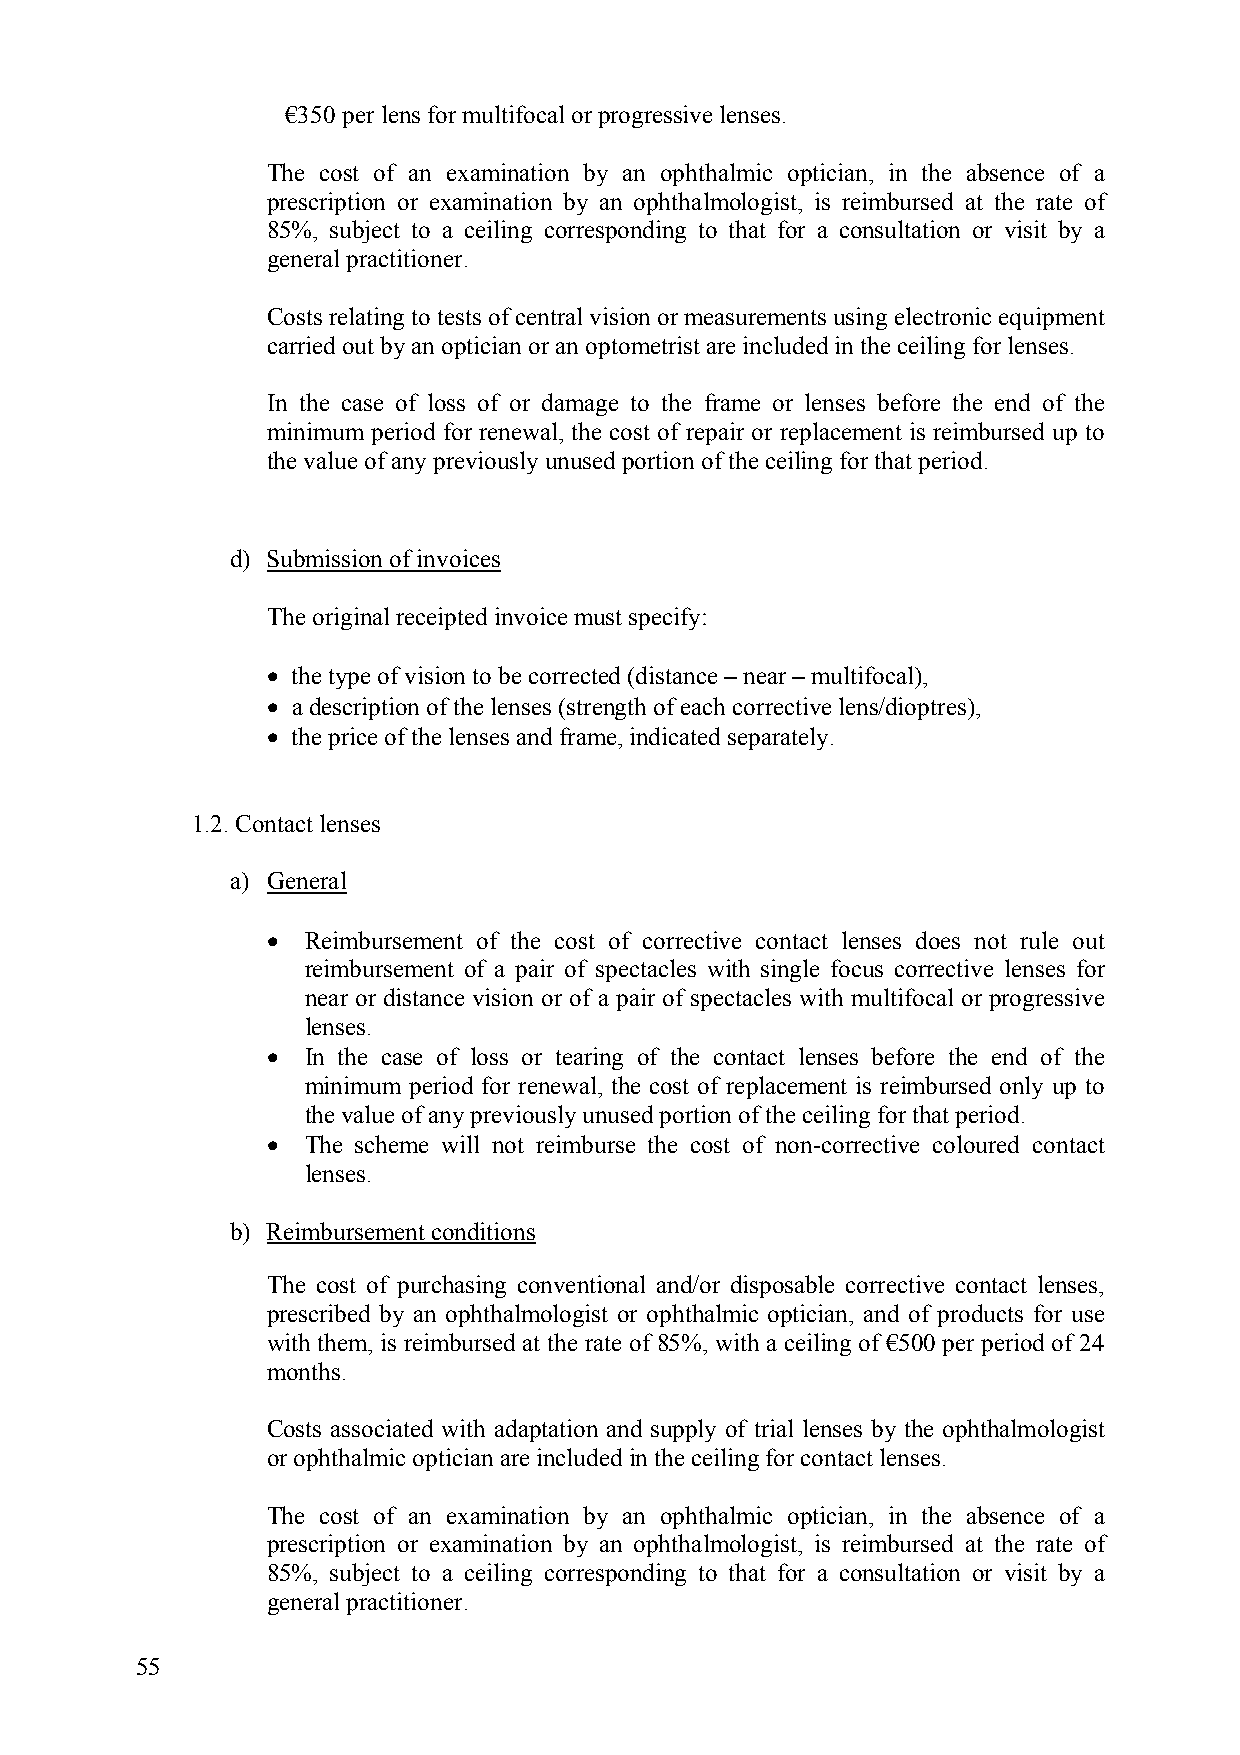
€350 per lens for multifocal or progressive lenses.
 The cost of an examination by an ophthalmic optician, in the absence of a
 prescription or examination by an ophthalmologist, is reimbursed at the rate of
 85%, subject to a ceiling corresponding to that for a consultation or visit by a
 general practitioner.
 Costs relating to tests of central vision or measurements using electronic equipment
 carried out by an optician or an optometrist are included in the ceiling for lenses.
 In the case of loss of or damage to the frame or lenses before the end of the
 minimum period for renewal, the cost of repair or replacement is reimbursed up to
 the value of any previously unused portion of the ceiling for that period.
 d) Submission of invoices
 The original receipted invoice must specify:
 • the type of vision to be corrected (distance – near – multifocal),
 • a description of the lenses (strength of each corrective lens/dioptres),
 • the price of the lenses and frame, indicated separately.
 1.2. Contact lenses
 a) General
 • Reimbursement of the cost of corrective contact lenses does not rule out
 reimbursement of a pair of spectacles with single focus corrective lenses for
 near or distance vision or of a pair of spectacles with multifocal or progressive
 lenses.
 • In the case of loss or tearing of the contact lenses before the end of the
 minimum period for renewal, the cost of replacement is reimbursed only up to
 the value of any previously unused portion of the ceiling for that period.
 • The scheme will not reimburse the cost of non-corrective coloured contact
 lenses.
 b) Reimbursement conditions
 The cost of purchasing conventional and/or disposable corrective contact lenses,
 prescribed by an ophthalmologist or ophthalmic optician, and of products for use
 with them, is reimbursed at the rate of 85%, with a ceiling of €500 per period of 24
 months.
 Costs associated with adaptation and supply of trial lenses by the ophthalmologist
 or ophthalmic optician are included in the ceiling for contact lenses.
 The cost of an examination by an ophthalmic optician, in the absence of a
 prescription or examination by an ophthalmologist, is reimbursed at the rate of
 85%, subject to a ceiling corresponding to that for a consultation or visit by a
 general practitioner.
 55